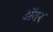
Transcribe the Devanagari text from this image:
अॅवर